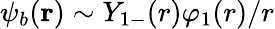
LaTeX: \psi_{b}(\mathbf{r})\sim Y_{1-}(r)\varphi_{1}(r)/r